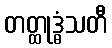
တတ္ထုဒ္ဓံသတီ